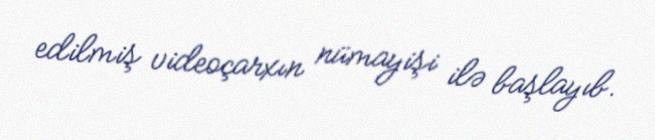
edilmiş videoçarxın nümayişi ilə başlayıb.